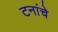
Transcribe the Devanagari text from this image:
टनांचे